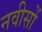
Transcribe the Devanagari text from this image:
नवीसों